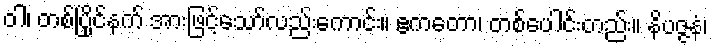
ဝါ၊ တစ်ပြိုင်နက် အားဖြင့်သော်လည်းကောင်း။ ဧကတော၊ တစ်ပေါင်းတည်း။ နိပဇ္ဇနံ၊